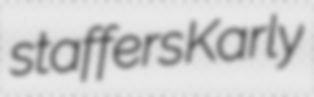
staffers Karly